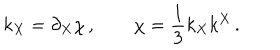
k _ { X } = \partial _ { X } \chi \, , \qquad \chi = \frac 1 3 k _ { X } k ^ { X } \, .